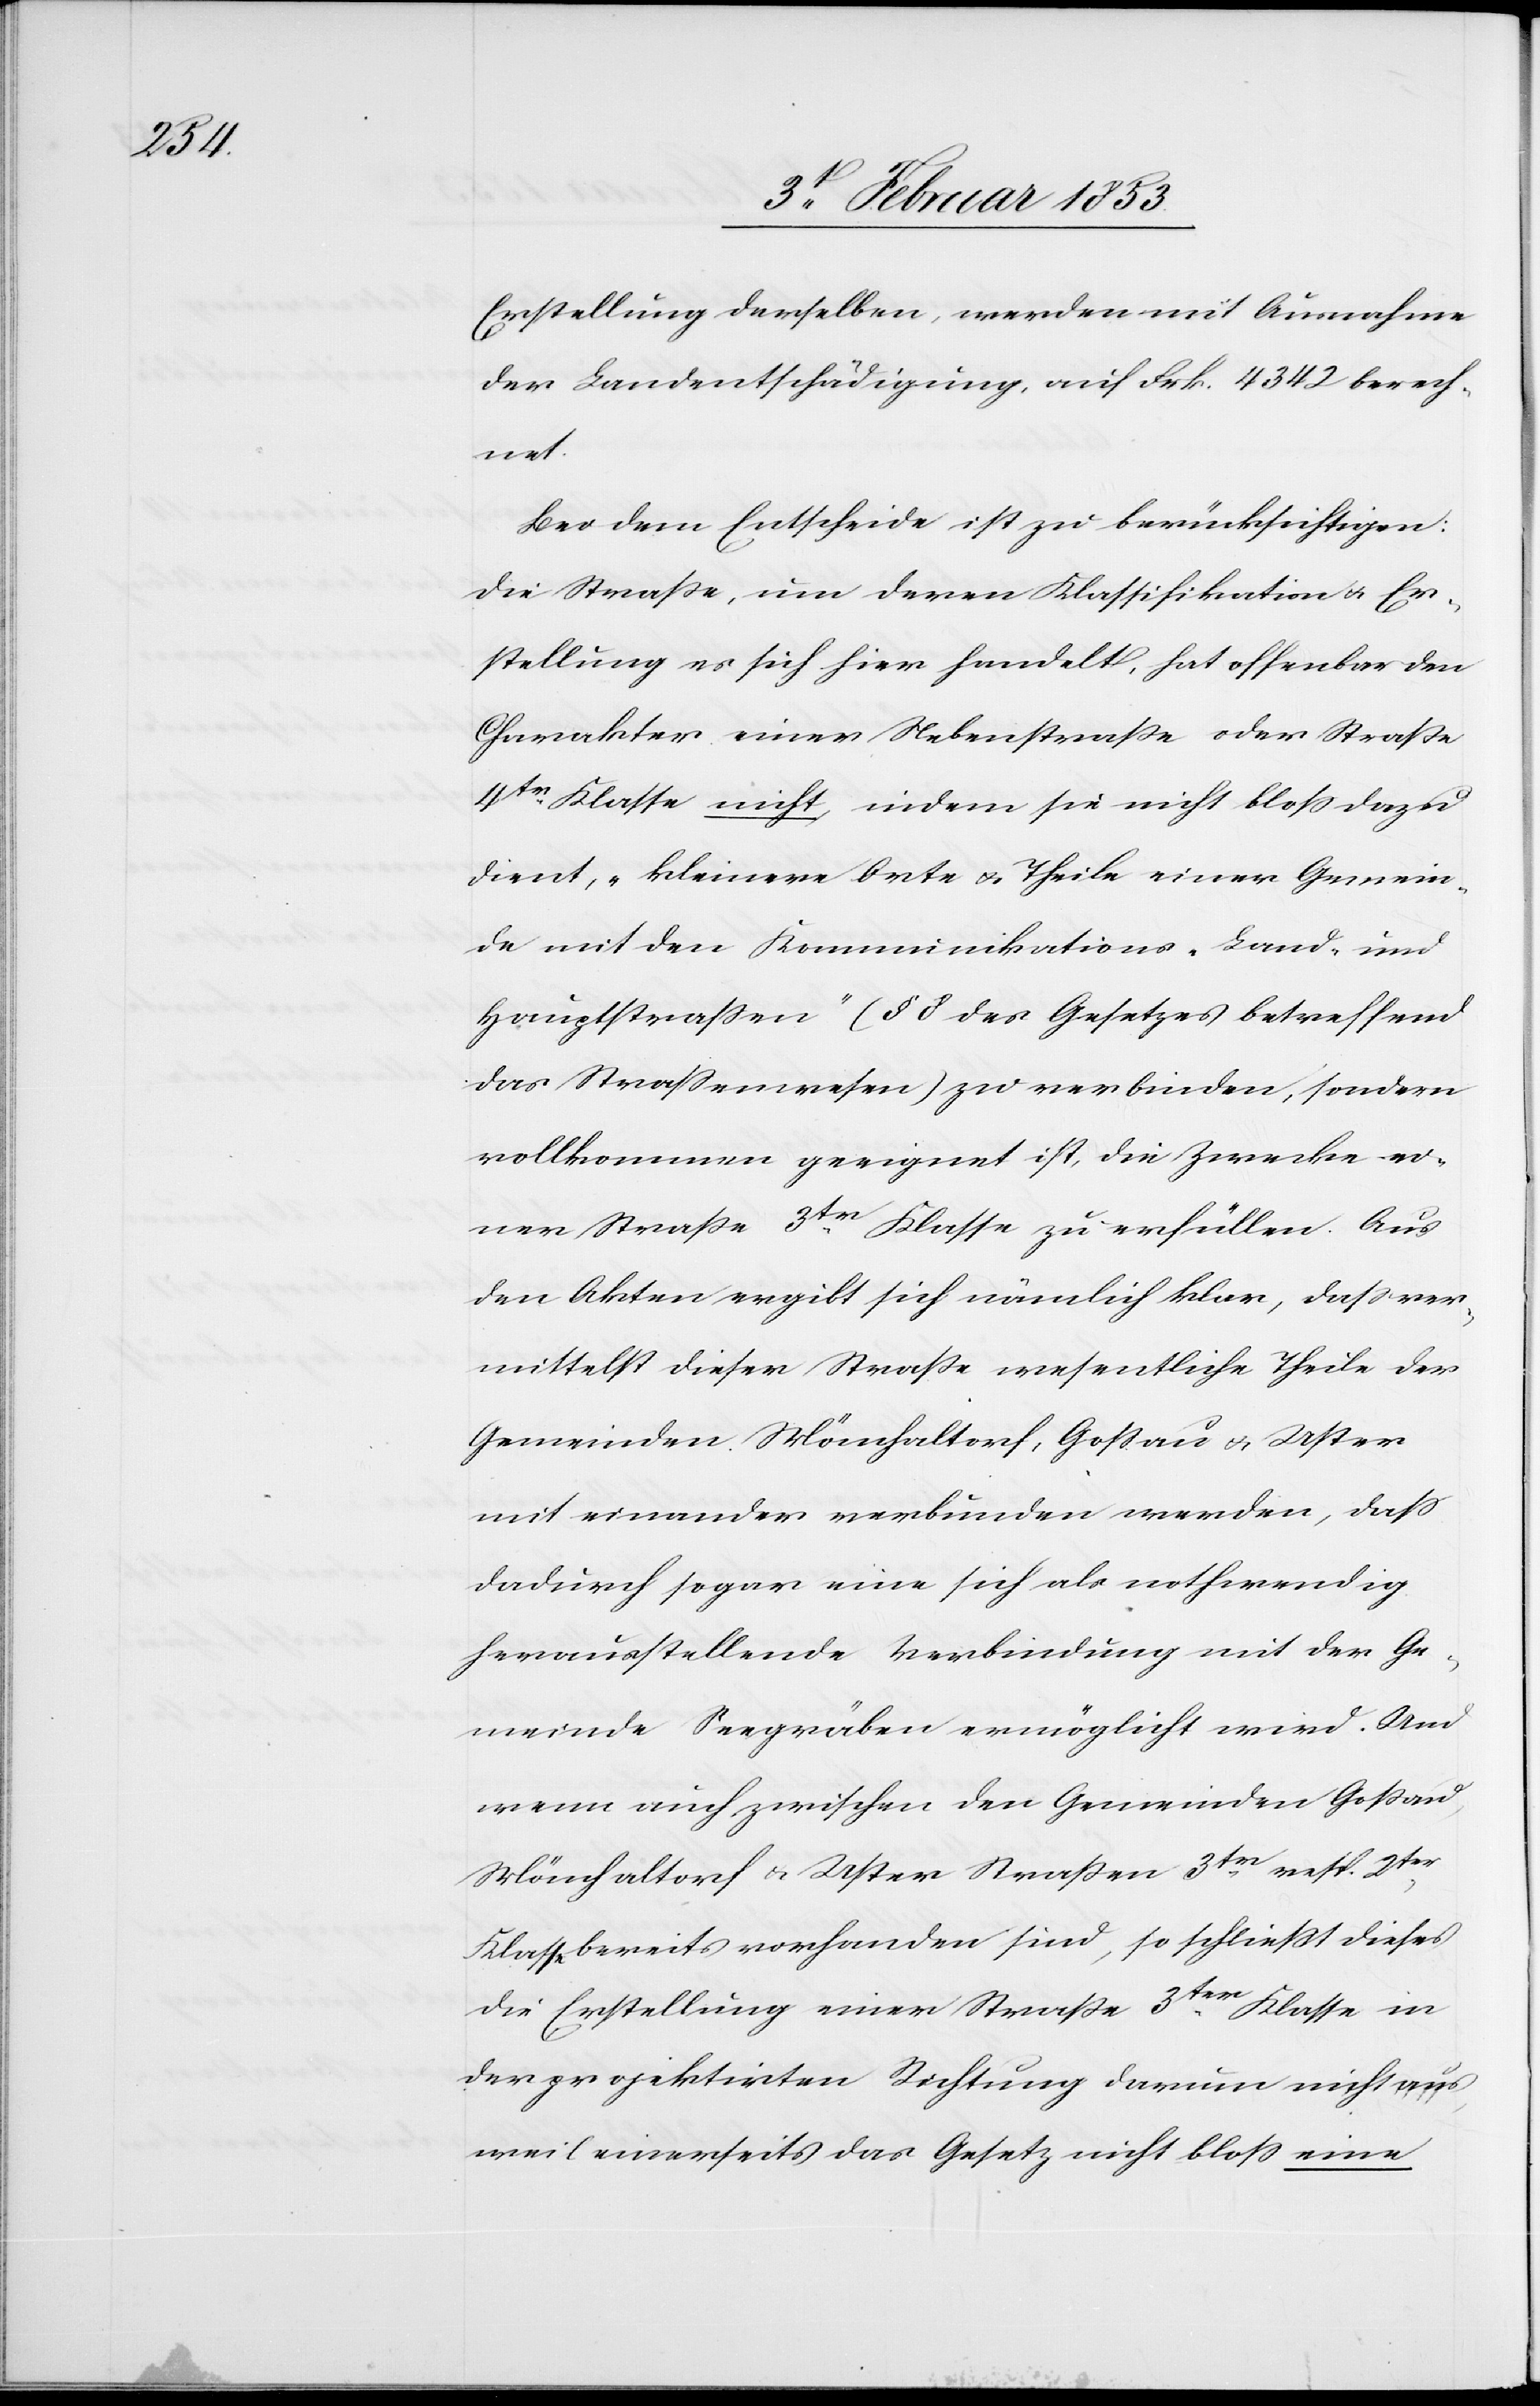
Erstellung derselben, werden mit Ausnahme
der Landentschädigung, auf Frk. 4342 berech¬
net.
Bei dem Entscheide ist zu berücksichtigen:
die Straße, um deren Klassifikation u. Er¬
stellung es sich hier handelt, hat offenbar den
Charakter einer Nebenstraße oder Straße
4tr. Klasse nicht, indem sie nicht bloß dazu
dient, „kleinere Orte u. Theile einer Gemein¬
de mit den Kommunikations- Land- und
Hauptstraßen“ (§ 8 des Gesetzes betreffend
das Straßenwesen) zu verbinden, sondern
vollkommen geeignet ist, die Zwecke ei¬
ner Straße 3tr. Klasse zu erfüllen. Aus
den Akten ergibt sich nämlich klar, daß ver¬
mittelst dieser Straße wesentliche Theile der
Gemeinden Mönchaltorf, Goßau u. Uster
mit einander verbunden werden, daß
dadurch sogar eine sich als nothwendig
herausstellende Verbindung mit der Ge¬
meinde Seegräben ermöglicht wird. Und
wenn auch zwischen den Gemeinden Goßau,
Mönchaltorf u. Uster Straßen 3tr. resp. 2tr.
Klasse bereits vorhanden sind, so schließt dieses
die Erstellung einer Straße 3ter. Klasse in
der projektirten Richtung darum nicht aus,
weil einerseits das Gesetz nicht bloß eine